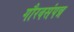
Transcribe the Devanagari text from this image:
गौरवसंपन्न